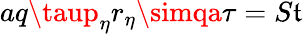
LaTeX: aq\taup_{\eta}r_{\eta}\simqa\tau=S\mathfrak{t}